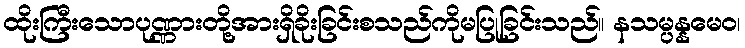
ထိုးကြီးသောပုဏ္ဏားတို့အားရှိခိုးခြင်းစသည်ကိုမပြုခြင်းသည်။ နသမ္ပန္နမေဝ၊